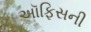
અૉફિસની